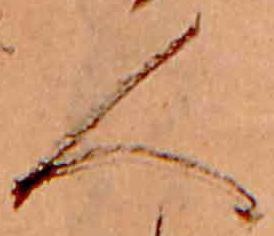
人